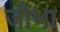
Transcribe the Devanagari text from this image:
जीभा